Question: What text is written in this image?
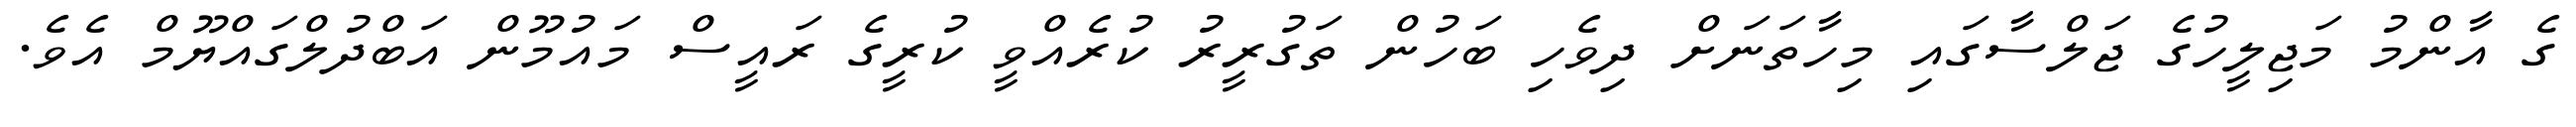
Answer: ގެ އާންމު މަޖިލީހުގެ ޖަލްސާގައި މިހާތަނަށް ދިވެހި ބަހުން ތަގުރީރު ކުރެއްވީ ކުރީގެ ރައީސް މައުމޫން އަބްދުލްގައްޔޫމް އެވެ.